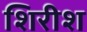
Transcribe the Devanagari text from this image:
शिरीश